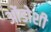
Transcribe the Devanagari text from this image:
ओंडोशी